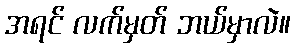
အရင် လက်မှတ် ဘယ်မှာလဲ။